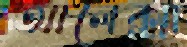
আলেক্সা